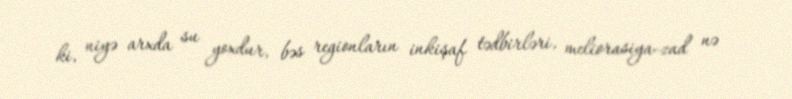
ki, niyə arxda su yoxdur, bəs regionların inkişaf tədbirləri, meliorasiya-zad nə